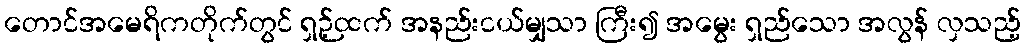
တောင်အမေရိကတိုက်တွင် ရှဉ့်ထက် အနည်းငယ်မျှသာ ကြီး၍ အမွေး ရှည်သော အလွန် လှသည့်